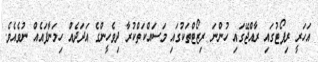
އަހަރީ ރިޕޯޓުގައި ރާއްޖޭގައި ހުންނަ ރިޒޯޓްތަކުގައި މަސައްކަތްކުރާ ދިވެހީންގެ އަދަދެއް ހިމަނާފައެއް ނުވެއެވެ.